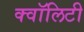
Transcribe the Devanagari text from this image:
क्वॉलिटी